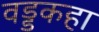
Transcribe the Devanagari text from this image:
वड्डकहा